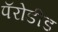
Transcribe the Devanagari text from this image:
पॅरोडीड